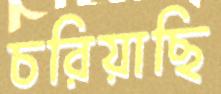
চরিয়াছি